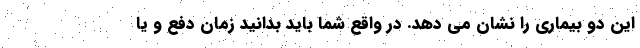
این دو بیماری را نشان می دهد. در واقع شما باید بدانید زمان دفع و یا